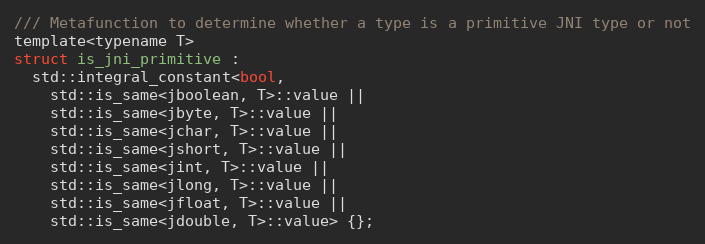
Language: C
/// Metafunction to determine whether a type is a primitive JNI type or not
template<typename T>
struct is_jni_primitive :
  std::integral_constant<bool,
    std::is_same<jboolean, T>::value ||
    std::is_same<jbyte, T>::value ||
    std::is_same<jchar, T>::value ||
    std::is_same<jshort, T>::value ||
    std::is_same<jint, T>::value ||
    std::is_same<jlong, T>::value ||
    std::is_same<jfloat, T>::value ||
    std::is_same<jdouble, T>::value> {};